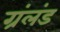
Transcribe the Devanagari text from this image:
ग्रंलंड